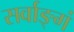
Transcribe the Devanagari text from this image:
सर्वाङ्गं